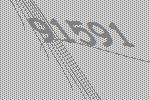
91591